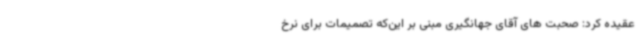
عقیده کرد: صحبت های آقای جهانگیری مبنی بر این‌که تصمیمات برای نرخ